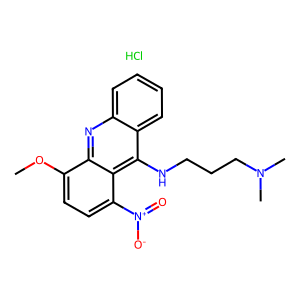
SMILES: COc1ccc([N+](=O)[O-])c2c(NCCCN(C)C)c3ccccc3nc12.Cl
Inhibits HIV replication: No